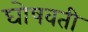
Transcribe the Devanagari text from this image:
घोषवती